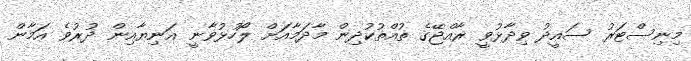
މިނިސްޓަރު ސައީދު ވިދާޅުވީ ރާއްޖޭގެ ތުއްތުކުދިން މާދަމާއަށް ލޯހުޅުވާނީ އަނިޔާއިން ދުރުވެ އަމާން